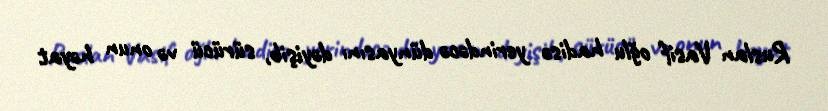
Ruslan Vasif oğlu hadisə yerindəcə dünyasını dəyişib, sürücü və onun həyat